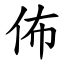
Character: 佈